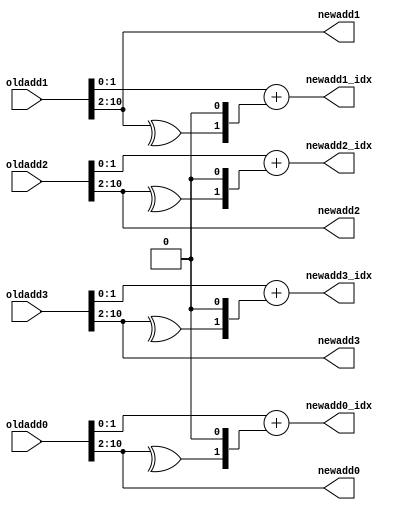
module cfmm
(
    // input clk,
    // input rstn,
    input [10:0]oldadd0,
    input [10:0]oldadd1,
    input [10:0]oldadd2,
    input [10:0]oldadd3,

    output [1:0]newadd0_idx,
    output [8:0]newadd0,
    output [1:0]newadd1_idx,
    output [8:0]newadd1,
    output [1:0]newadd2_idx,
    output [8:0]newadd2,
    output [1:0]newadd3_idx,
    output [8:0]newadd3
);

assign newadd0 = oldadd0[10:2];
assign newadd1 = oldadd1[10:2];
assign newadd2 = oldadd2[10:2];
assign newadd3 = oldadd3[10:2];

assign newadd0_idx = (oldadd0[1:0] + (^newadd0 << 1));
assign newadd1_idx = (oldadd1[1:0] + (^newadd1 << 1));
assign newadd2_idx = (oldadd2[1:0] + (^newadd2 << 1));
assign newadd3_idx = (oldadd3[1:0] + (^newadd3 << 1));

endmodule